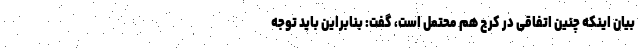
بیان اینکه چنین اتفاقی در کرج هم محتمل است، گفت: بنابراین باید توجه